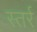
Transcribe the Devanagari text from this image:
स्तर्र